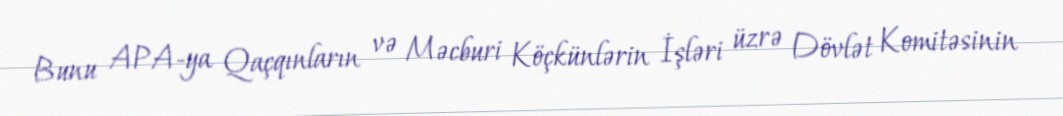
Bunu APA-ya Qaçqınların və Məcburi Köçkünlərin İşləri üzrə Dövlət Komitəsinin